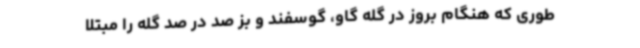
طوری که هنگام بروز در گله گاو، گوسفند و بز صد در صد گله را مبتلا